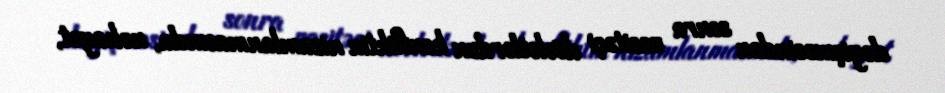
dəyişməsindən sonra vasitəçi dövlətlərdən konfliktin nizamlanmasında, nəhayət,